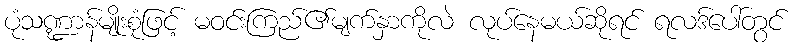
ပုံသဏ္ဍာန်မျိုးစုံဖြင့် မဝင်းကြည်၏မျက်နှာကိုလဲ လုပ်နေမယ်ဆိုရင် ရလဒ်ပေါ်တွင်